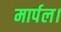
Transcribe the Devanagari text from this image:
मार्पल।